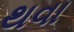
થવા